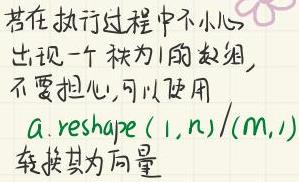
若在执行过程中不小心
出现一个秩为1的数组,
不要担心,可以使用
a.reshape(1,n)/(m,1)
转换其为向量